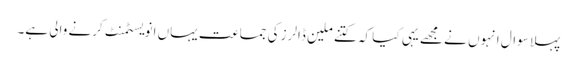
پہلا سوال انہوں نے مجھے یہی کیا کہ کتنے ملین ڈالرز کی جماعت یہاں انویسٹمنٹ کرنے والی ہے۔